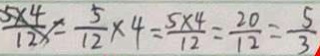
\frac { 5 \times 4 } { 1 2 } = \frac { 5 } { 1 2 } \times 4 = \frac { 5 \times 4 } { 1 2 } = \frac { 2 0 } { 1 2 } = \frac { 5 } { 3 }